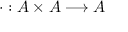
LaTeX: \cdot : A \times A \longrightarrow A